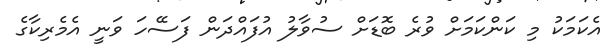
އެކަމަކު މި ކަންކަމަށް ވުރެ ބޮޑަށް ސުވާލު އުފައްދަން ފަސޭހަ ވަނީ އެމެރިކާގެ